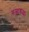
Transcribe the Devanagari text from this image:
गजारूढाः